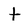
Character: t